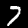
Digit: 7